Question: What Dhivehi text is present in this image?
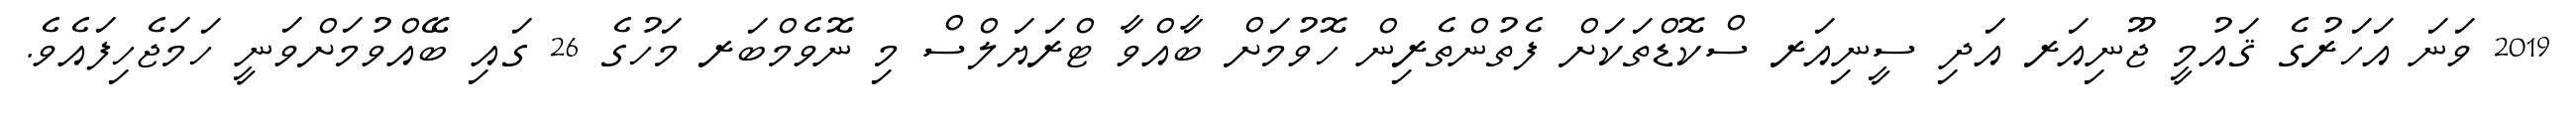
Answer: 2019 ވަނަ އަހަރުގެ ޤައުމީ ޖޫނިއަރ އަދި ސީނިއަރ ސްކޮޑްތަކަށް ފެތުންތެރިން ހޮވުމަށް ބާއްވާ ޓްރަޔަލްސް މި ނޮވެމްބަރ މަހުގެ 26 ގައި ބޭއްވުމަށްވަނީ ހަމަޖެހިފައެވެ.